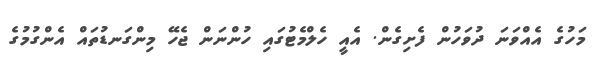
މަހުގެ އެއްވަނަ ދުވަހުން ފެށިގެން. އެއީ ހެލްމެޓުގައި ހުންނަން ޖެހޭ މިންގަނޑުތައް އެންގުމުގެ